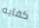
كفايه